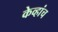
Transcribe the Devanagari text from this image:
केव्हांच